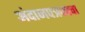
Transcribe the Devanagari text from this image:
अंदाजपत्रकाचा